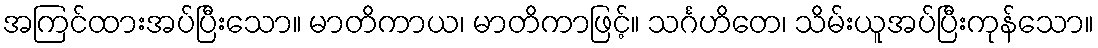
အကြင်ထားအပ်ပြီးသော။ မာတိကာယ၊ မာတိကာဖြင့်။ သင်္ဂဟိတေ၊ သိမ်းယူအပ်ပြီးကုန်သော။